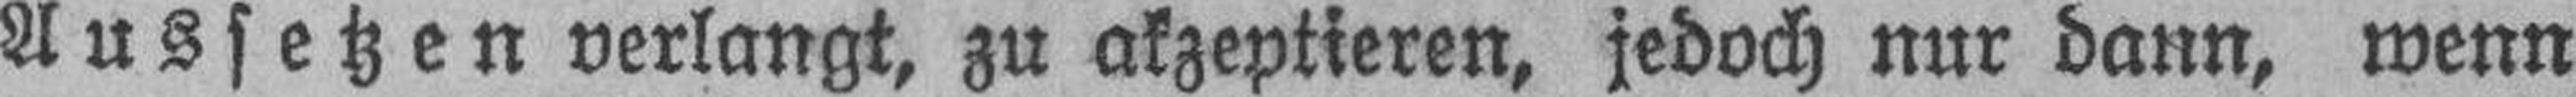
Aussetzen verlangt, zu akzeptieren, jedoch nur dann, wenn